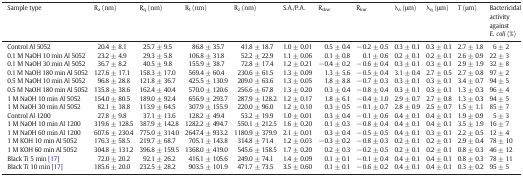
<table><thead><tr><td><b>Sample type</b></td><td><b>R<sub>a</sub> (nm)</b></td><td><b>R<sub>q</sub> (nm)</b></td><td><b>R<sub>t</sub> (nm)</b></td><td><b>R<sub>z</sub> (nm)</b></td><td><b>S.A./P.A.</b></td><td><b>R<sub>skw</sub></b></td><td><b>R<sub>kur</sub></b></td><td><b>λ<sub>a</sub> (μm)</b></td><td><b>λ<sub>q</sub> (μm)</b></td><td><b><i>T</i> (μm)</b></td><td><b>Bactericidal activity against <i>E</i>. <i>coli</i> (%)</b></td></tr></thead><tbody><tr><td>Control Al 5052</td><td>20.4 ± 8.1</td><td>25.7 ± 9.5</td><td>86.8 ± 35.7</td><td>41.8 ± 18.7</td><td>1.0 ± 0.01</td><td>0.5 ± 0.4</td><td>− 0.2 ± 0.5</td><td>0.3 ± 0.1</td><td>0.3 ± 0.1</td><td>2.7 ± 1.8</td><td>6 ± 2</td></tr><tr><td>0.1 M NaOH 10 min Al 5052</td><td>23.2 ± 4.9</td><td>29.3 ± 5.8</td><td>106.8 ± 31.8</td><td>52.2 ± 22.9</td><td>1.1 ± 0.06</td><td>0.1 ± 0.8</td><td>0.1 ± 0.6</td><td>0.2 ± 0.1</td><td>0.2 ± 0.1</td><td>2.6 ± 0.9</td><td>22 ± 3</td></tr><tr><td>0.1 M NaOH 30 min Al 5052</td><td>36.7 ± 8.2</td><td>40.5 ± 9.8</td><td>155.9 ± 38.7</td><td>72.8 ± 17.4</td><td>1.2 ± 0.21</td><td>− 0.4 ± 0.2</td><td>− 0.6 ± 0.4</td><td>0.3 ± 0.1</td><td>0.3 ± 0.1</td><td>2.9 ± 1.9</td><td>32 ± 8</td></tr><tr><td>0.1 M NaOH 180 min Al 5052</td><td>127.6 ± 17.1</td><td>158.3 ± 17.0</td><td>569.4 ± 60.4</td><td>230.6 ± 61.5</td><td>1.3 ± 0.09</td><td>1.3 ± 5.6</td><td>− 0.5 ± 0.4</td><td>3.1 ± 0.4</td><td>2.7 ± 0.5</td><td>2.7 ± 0.8</td><td>97 ± 2</td></tr><tr><td>0.5 M NaOH 10 min Al 5052</td><td>96.8 ± 28.8</td><td>121.8 ± 36.7</td><td>425.5 ± 130.9</td><td>209.0 ± 63.6</td><td>1.3 ± 0.05</td><td>1.8 ± 8.8</td><td>− 0.7 ± 0.3</td><td>0.3 ± 0.1</td><td>0.3 ± 0.1</td><td>3.4 ± 0.7</td><td>94 ± 5</td></tr><tr><td>0.5 M NaOH 180 min Al 5052</td><td>135.8 ± 38.6</td><td>162.4 ± 40.4</td><td>570.0 ± 120.6</td><td>256.6 ± 67.8</td><td>1.3 ± 0.20</td><td>0.3 ± 0.4</td><td>− 0.8 ± 0.4</td><td>0.3 ± 0.1</td><td>0.3 ± 0.1</td><td>1.3 ± 0.3</td><td>96 ± 4</td></tr><tr><td>1 M NaOH 10 min Al 5052</td><td>154.0 ± 80.5</td><td>189.0 ± 92.4</td><td>656.9 ± 293.7</td><td>287.9 ± 128.2</td><td>1.2 ± 0.17</td><td>1.8 ± 6.1</td><td>− 0.4 ± 1.0</td><td>2.9 ± 0.7</td><td>2.7 ± 0.8</td><td>1.3 ± 0.3</td><td>94 ± 5</td></tr><tr><td>1 M NaOH 30 min Al 5052</td><td>82.1 ± 38.8</td><td>113.9 ± 64.5</td><td>307.9 ± 155.9</td><td>220.0 ± 96.0</td><td>1.2 ± 0.10</td><td>0.3 ± 0.5</td><td>− 0.1 ± 0.7</td><td>2.8 ± 0.9</td><td>2.5 ± 0.7</td><td>1.5 ± 1.1</td><td>85 ± 7</td></tr><tr><td>Control Al 1200</td><td>27.8 ± 9.8</td><td>37.1 ± 13.6</td><td>128.2 ± 49.4</td><td>53.2 ± 19.9</td><td>1.0 ± 0.01</td><td>0.3 ± 0.4</td><td>− 0.1 ± 0.6</td><td>0.4 ± 0.1</td><td>0.4 ± 0.1</td><td>1.9 ± 0.9</td><td>5 ± 3</td></tr><tr><td>1 M NaOH 10 min Al 1200</td><td>319.6 ± 128.5</td><td>387.9 ± 142.8</td><td>1282.2 ± 494.7</td><td>550.1 ± 212.5</td><td>1.6 ± 0.20</td><td>0.1 ± 0.3</td><td>− 0.8 ± 0.4</td><td>0.4 ± 0.1</td><td>0.4 ± 0.1</td><td>3.5 ± 1.9</td><td>16 ± 7</td></tr><tr><td>1 M NaOH 60 min Al 1200</td><td>607.6 ± 230.4</td><td>775.0 ± 314.0</td><td>2647.4 ± 933.2</td><td>1180.9 ± 379.9</td><td>2.1 ± 0.01</td><td>0.3 ± 0.4</td><td>− 0.5 ± 0.5</td><td>0.4 ± 0.1</td><td>0.3 ± 0.1</td><td>2.2 ± 0.5</td><td>12 ± 4</td></tr><tr><td>1 M KOH 10 min Al 5052</td><td>176.3 ± 58.5</td><td>219.7 ± 68.7</td><td>705.1 ± 143.8</td><td>314.8 ± 71.4</td><td>1.2 ± 0.03</td><td>− 0.3 ± 0.2</td><td>− 0.8 ± 0.3</td><td>0.2 ± 0.1</td><td>0.2 ± 0.1</td><td>2.9 ± 0.4</td><td>78 ± 10</td></tr><tr><td>1 M KOH 60 min Al 5052</td><td>304.8 ± 131.2</td><td>396.8 ± 159.5</td><td>1368.0 ± 419.0</td><td>545.6 ± 158.5</td><td>1.7 ± 0.20</td><td>0.2 ± 0.3</td><td>− 0.2 ± 0.5</td><td>0.2 ± 0.1</td><td>0.2 ± 0.1</td><td>0.8 ± 0.3</td><td>46 ± 12</td></tr><tr><td>Black Ti 5 min [17]</td><td>72.0 ± 20.2</td><td>92.1 ± 26.2</td><td>416.1 ± 105.6</td><td>249.0 ± 74.1</td><td>1.4 ± 0.09</td><td>0.1 ± 0.1</td><td>− 0.1 ± 0.4</td><td>0.4 ± 0.1</td><td>0.4 ± 0.1</td><td>0.8 ± 0.3</td><td>78 ± 11</td></tr><tr><td>Black Ti 10 min [17]</td><td>185.6 ± 20.0</td><td>232.5 ± 28.2</td><td>903.5 ± 101.9</td><td>471.7 ± 73.5</td><td>3.5 ± 0.60</td><td>0.1 ± 0.1</td><td>− 0.6 ± 0.2</td><td>0.4 ± 0.1</td><td>0.4 ± 0.1</td><td>0.3 ± 0.2</td><td>95 ± 5</td></tr></tbody></table>